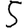
Digit: 5